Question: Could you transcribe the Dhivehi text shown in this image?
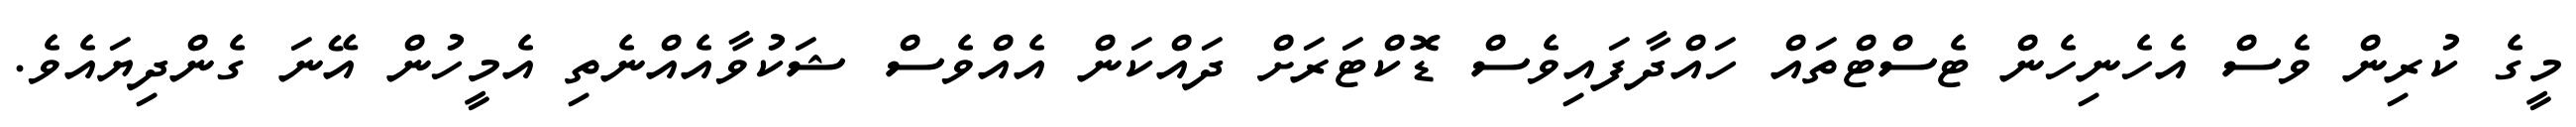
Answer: މީގެ ކުރިން ވެސް އެހެނިހެން ޓެސްޓްތައް ހައްދާފައިވެސް ޑޮކްޓަރަށް ދައްކަން އެއްވެސް ޝަކުވާއެއްނެތި އެމީހުން އޭނަ ގެންދިޔައެވެ.